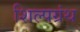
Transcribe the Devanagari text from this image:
शिल्पग्रंथ